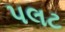
પલટ